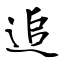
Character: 追